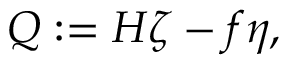
Q : = H \zeta - f \eta ,